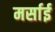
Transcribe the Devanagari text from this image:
मर्साई